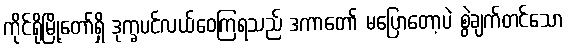
ကိုင်ရိုမြို့တော်ရှိ ဒုက္ခပင်လယ်ဝေကြရသည် ဒကာတော် မပြောတော့ပဲ စွဲချက်တင်သော